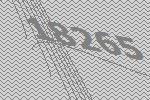
18265